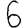
Digit: 6